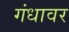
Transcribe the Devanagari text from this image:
गंधावर